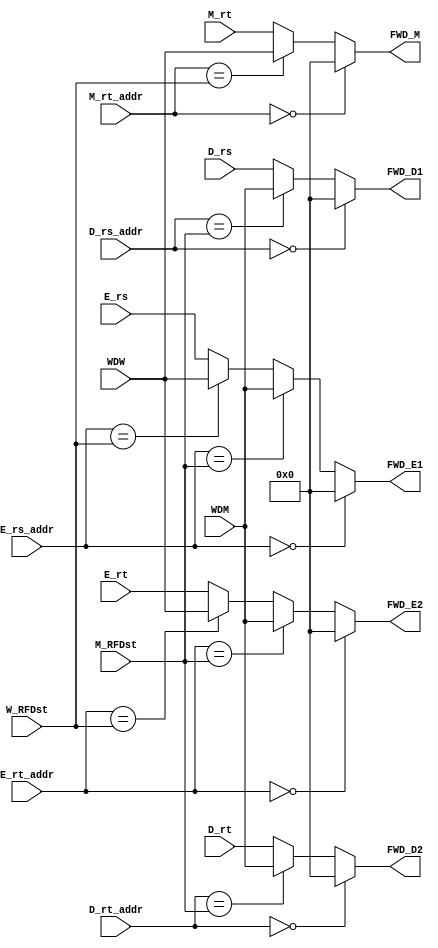
`timescale 1ns / 1ps
//////////////////////////////////////////////////////////////////////////////////
// Company: 
// Engineer: 
// 
// Design Name: 
// Module Name:    ForwardUnit 
// Project Name: 
// Target Devices: 
// Tool versions: 
// Description: 
//
// Dependencies: 
//
// Revision: 
// Revision 0.01 - File Created
// Additional Comments: 
//
//////////////////////////////////////////////////////////////////////////////////
module ForwardUnit(
    input [4:0] D_rs_addr,
    input [4:0] D_rt_addr,
    input [4:0] E_rs_addr,
    input [4:0] E_rt_addr,
    input [4:0] M_rt_addr,
    input [4:0] M_RFDst,
	 input [4:0] W_RFDst,
	 input [31:0] D_rs,
	 input [31:0] D_rt,
	 input [31:0] E_rs,
	 input [31:0] E_rt,
	 input [31:0] M_rt,
    input [31:0] WDM,
	 input [31:0] WDW,
    output [31:0] FWD_D1,
    output [31:0] FWD_D2,
    output [31:0] FWD_E1,
    output [31:0] FWD_E2,
    output [31:0] FWD_M
    );
	 
	 assign FWD_D1 = (D_rs_addr==5'b0)? 0 : 
                    (D_rs_addr==M_RFDst)? WDM : 
						  D_rs;
						  
	 assign FWD_D2 = (D_rt_addr==5'b0)? 0 : 
	                 (D_rt_addr==M_RFDst)? WDM :
						  D_rt;
						  
	 assign FWD_E1 = (E_rs_addr==5'b0)? 0 :
	                 (E_rs_addr==M_RFDst)? WDM :
						  (E_rs_addr==W_RFDst)? WDW :
						  E_rs;
						  
	 assign FWD_E2 = (E_rt_addr==5'b0)? 0 :
	                 (E_rt_addr==M_RFDst)? WDM :
						  (E_rt_addr==W_RFDst)? WDW :
						  E_rt;
						  
	 assign FWD_M = (M_rt_addr==5'b0)? 0 :
	                (M_rt_addr==W_RFDst)? WDW : 
						 M_rt;
                    						  
	 
endmodule